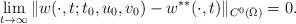
LaTeX: \begin{align*} \lim_{t \to \infty}\|w(\cdot,t;t_0,u_0,v_0)-w^{**}(\cdot,t)\|_{C^0(\bar\Omega)}=0. \end{align*}